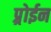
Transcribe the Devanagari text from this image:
प्र्रोईन